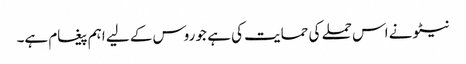
نیٹو نے اس حملے کی حمایت کی ہے جو روس کے لیے اہم پیغام ہے۔